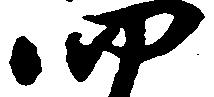
四